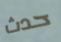
حدث